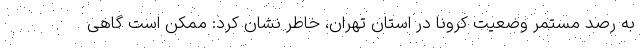
به رصد مستمر وضعیت کرونا در استان تهران، خاطر نشان کرد: ممکن است گاهی